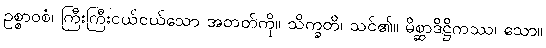
ဥစ္စာဝစံ၊ ကြီးကြီးငယ်ငယ်သော အတတ်ကို။ သိက္ခတိ၊ သင်၏။ မိစ္ဆာဒိဋ္ဌိကဿ၊ သော။